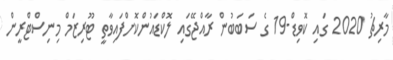
މާރިޗު 2020 ގައި ކޮވިޑް-19 ގެ ސަބަބުން ރާއްޖޭގައި ލޮކްޑައުންކޮށްފައިވާތީ ޓޫރިޒަމް މިނިސްޓްރީން